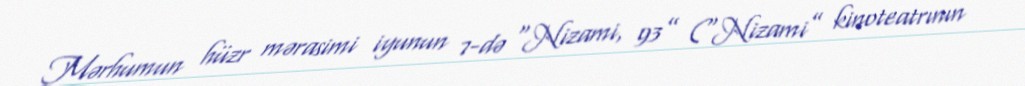
Mərhumun hüzr mərasimi iyunun 7-də “Nizami, 93” (“Nizami” kinoteatrının